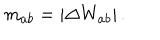
m _ { a b } = \left| \Delta W _ { a b } \right| .